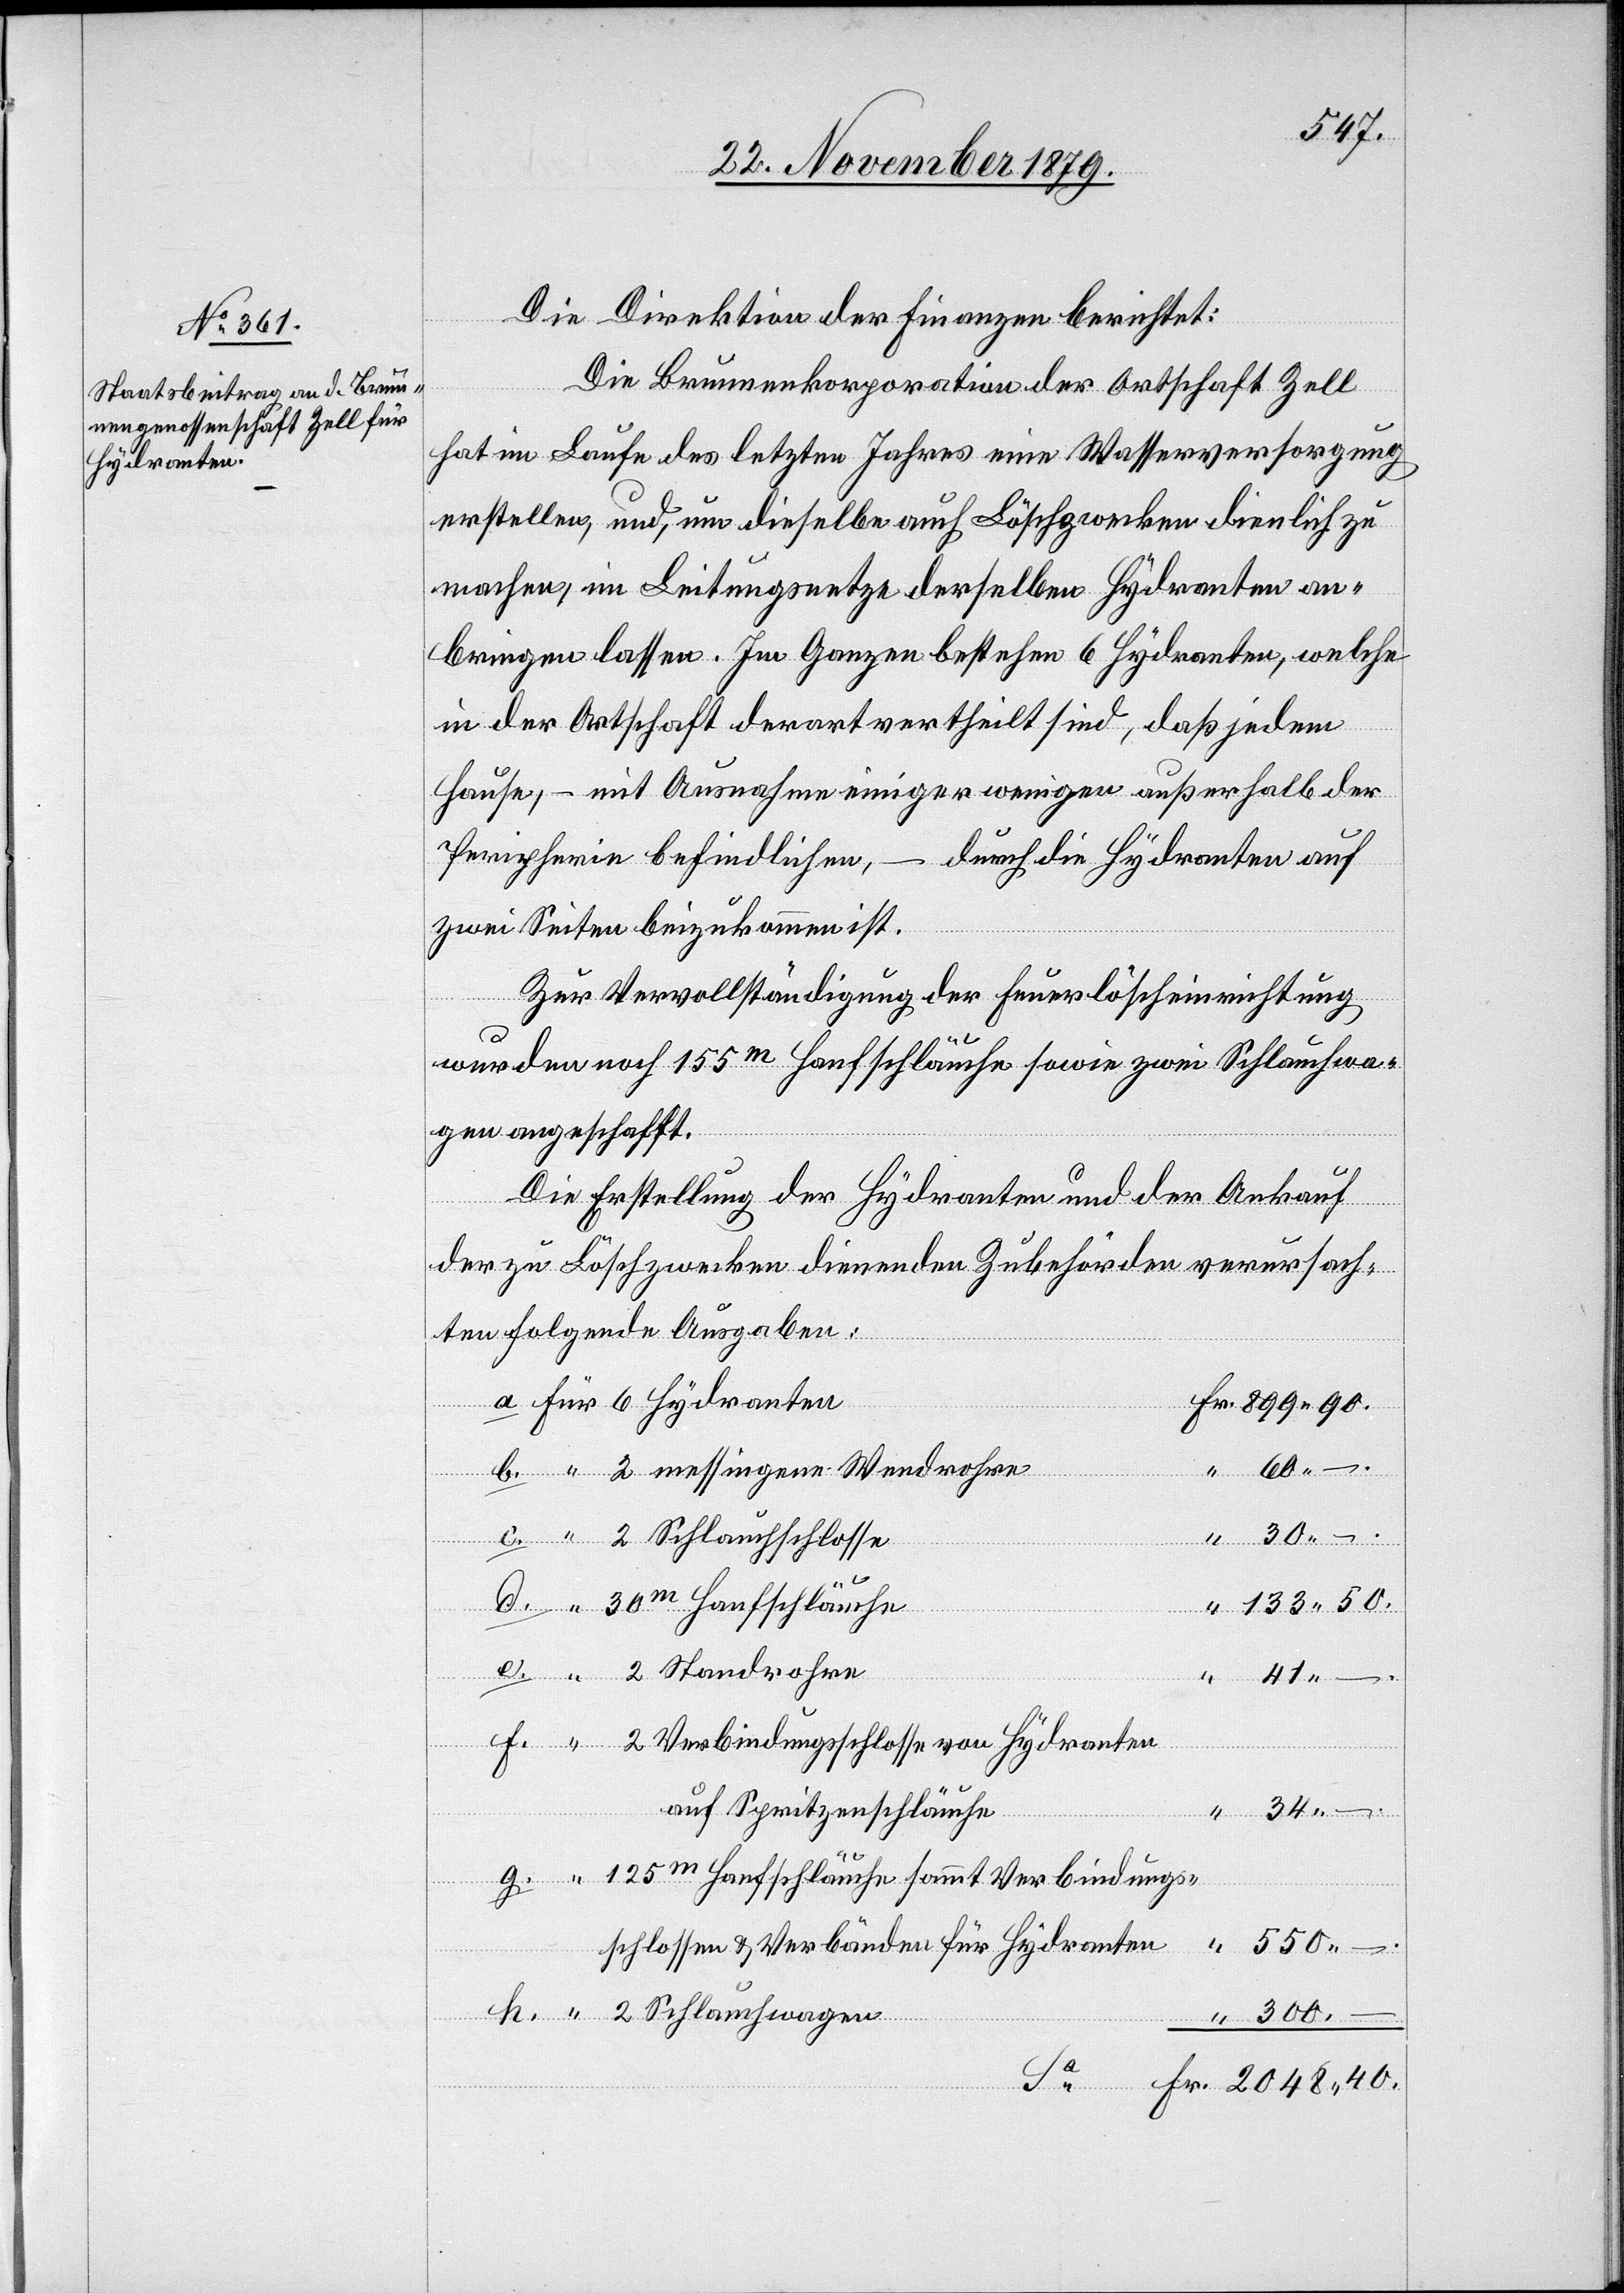
Hydranten

Fr.
Die Direktion der Finanzen berichtet:
Die Brunnenkorporation der Ortschaft Zell
hat im Laufe des letzten Jahres eine Wasserversorgung
erstellen, und, um dieselbe auch Löschzwecken dienlich zu
machen, im Leitungsnetze derselben Hydranten an¬
bringen lassen. Im Ganzen bestehen 6 Hydranten, welche
in der Ortschaft derart vertheilt sind, daß jedem
Hause, – mit Ausnahme einiger wenigen außerhalb der
Peripherie befindlichen, – durch die Hydranten auf
zwei Seiten beizukommen ist.
Zur Vervollständigung der Feuerlöscheinrichtung
wurden noch 155m Hanfschläuche sowie zwei Schlauchwa¬
gen angeschafft.
Die Erstellung der Hydranten und der Ankauf
der zu Löschzwecken dienenden Zubehörden verursach¬
ten folgende Ausgaben:
Sa
40
34.–
Fr.
133 50.
300.–
Ver¬
auf Spritzenschläuche
sschlossen & Verbänden für Hydranten